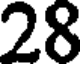
28